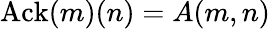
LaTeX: \mathrm{Ack}(m)(n)=A(m,n)